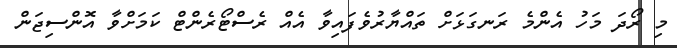
މި ރޯދަ މަހު އެންމެ ރަނގަޅަށް ތައްޔާރުވެފައިވާ އެއް ރެސްޓޯރެންޓް ކަމަށްވާ އޮންސިޖަން